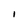
Character: I